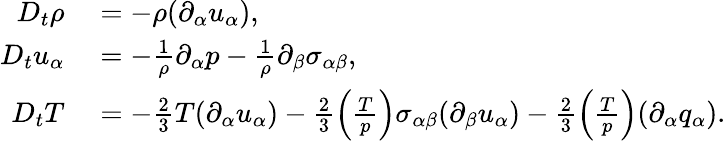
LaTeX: \begin{array}{rl}{D_{t}\rho}&{{}=-\rho(\partial_{\alpha}u_{\alpha}),}\\ {D_{t}u_{\alpha}}&{{}=-\frac{1}{\rho}\partial_{\alpha}p-\frac{1}{\rho}\partial_{\beta}{\sigma}_{\alpha\beta},}\\ {D_{t}T}&{{}=-\frac{2}{3}T(\partial_{\alpha}u_{\alpha})-\frac{2}{3}\left(\frac{T}{p}\right)\sigma_{\alpha\beta}(\partial_{\beta}u_{\alpha})-\frac{2}{3}\left(\frac{T}{p}\right)(\partial_{\alpha}q_{\alpha}).}\end{array}